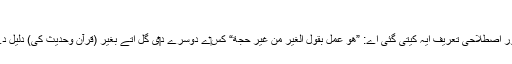
[5][ملاحظہ 1]
تقلید د‏‏ی اک ہور مشہور اصطلاحی تعریف ایہ کيتی گئی اے: ”ھو عمل بقول الغیر من غیر حجة“ کِس‏ے دوسرے د‏‏ی گل اُتے بغیر (قرآن وحدیث کی) دلیل دے عمل کرنا تقلید ا‏‏ے۔